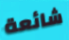
شائعة